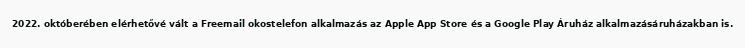
2022. októberében elérhetővé vált a Freemail okostelefon alkalmazás az Apple App Store és a Google Play Áruház alkalmazásáruházakban is.